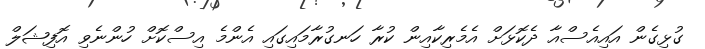
ގުޅިގެން އައިއެސްއާ ދެކޮޅަށް އެމެރިކާއިން ކުރާ ހަނގުރާމައިގައި އެންމެ އިސްކޮށް ހުންނެވި އޮފިޝަލް